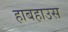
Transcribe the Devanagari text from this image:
हाबहाउस